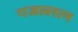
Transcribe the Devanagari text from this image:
गजलरत्‍न